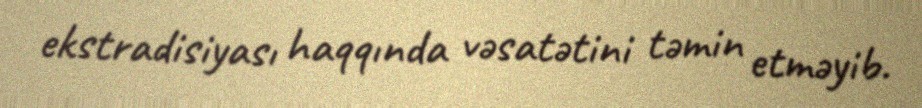
ekstradisiyası haqqında vəsatətini təmin etməyib.